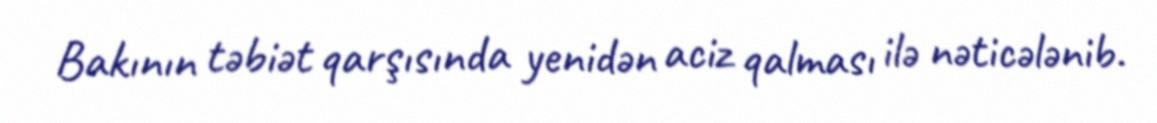
Bakının təbiət qarşısında yenidən aciz qalması ilə nəticələnib.